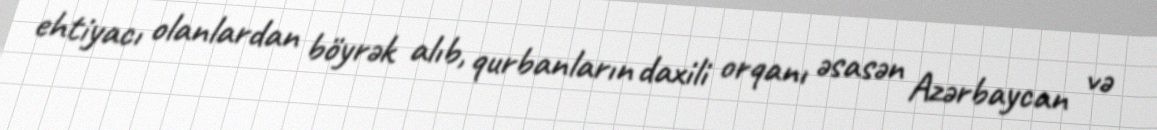
ehtiyacı olanlardan böyrək alıb, qurbanların daxili orqanı əsasən Azərbaycan və